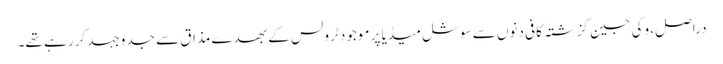
دراصل، وکی جین گزشتہ کافی دنوں سے سوشل میڈیا پر موجود ٹرولس کے بھدے مذاق سے جدوجہد کر رہے تھے۔